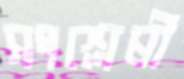
সংশ্লেষী